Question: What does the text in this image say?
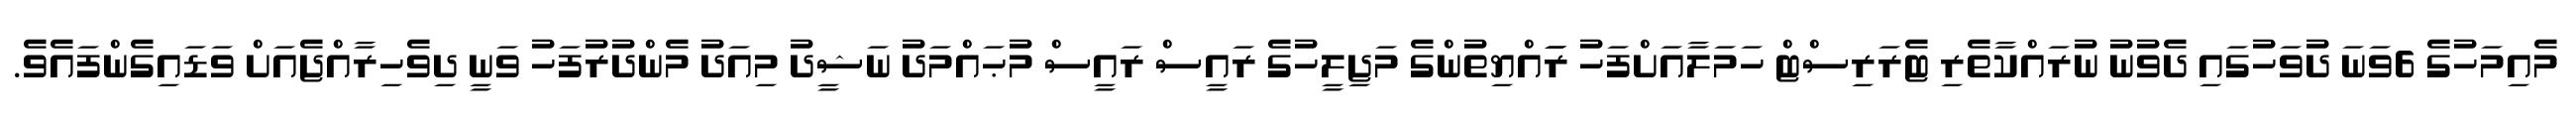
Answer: މެއިމަހުގެ 6ވަނަ ދުވަހުގައި ދެވުނު ނުރައްކާތެރި ޓެރަރިސްޓް ހަމަލާއަށްފަހު ރަައްޔިތުންގެ މަޖިލީހުގެ ރައީސް ރައީސް މުޙައްމަދު ނަޝީދު މިއަދު މެންދުރުފަހު ވަނީ ދިވެހިރާއްޖެއަށް ވަޑައިގެންފައެވެ.